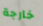
خارجة